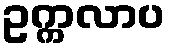
ဥက္ကလာပ